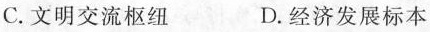
C. 文明交流枢纽 D. 经济发展标本